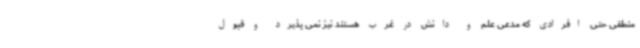
منطقی حتی افرادی که مدعی علم و دانش در غرب هستند نیز نمی پذیرد و قبول